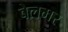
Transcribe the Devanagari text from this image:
बेलमर